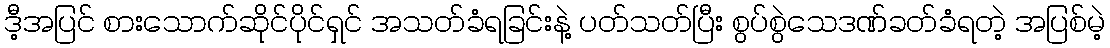
ဒီ့အပြင် စားသောက်ဆိုင်ပိုင်ရှင် အသတ်ခံရခြင်းနဲ့ ပတ်သတ်ပြီး စွပ်စွဲသေဒဏ်ခတ်ခံရတဲ့ အပြစ်မဲ့